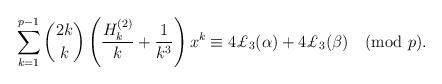
LaTeX: \begin{align*}\sum_{k=1}^{p-1}\binom{2k}{k}\left(\frac{H_k^{(2)}}{k}+\frac{1}{k^3}\right)x^k\equiv4\pounds_3(\alpha)+4\pounds_3(\beta)\pmod{p}.\end{align*}